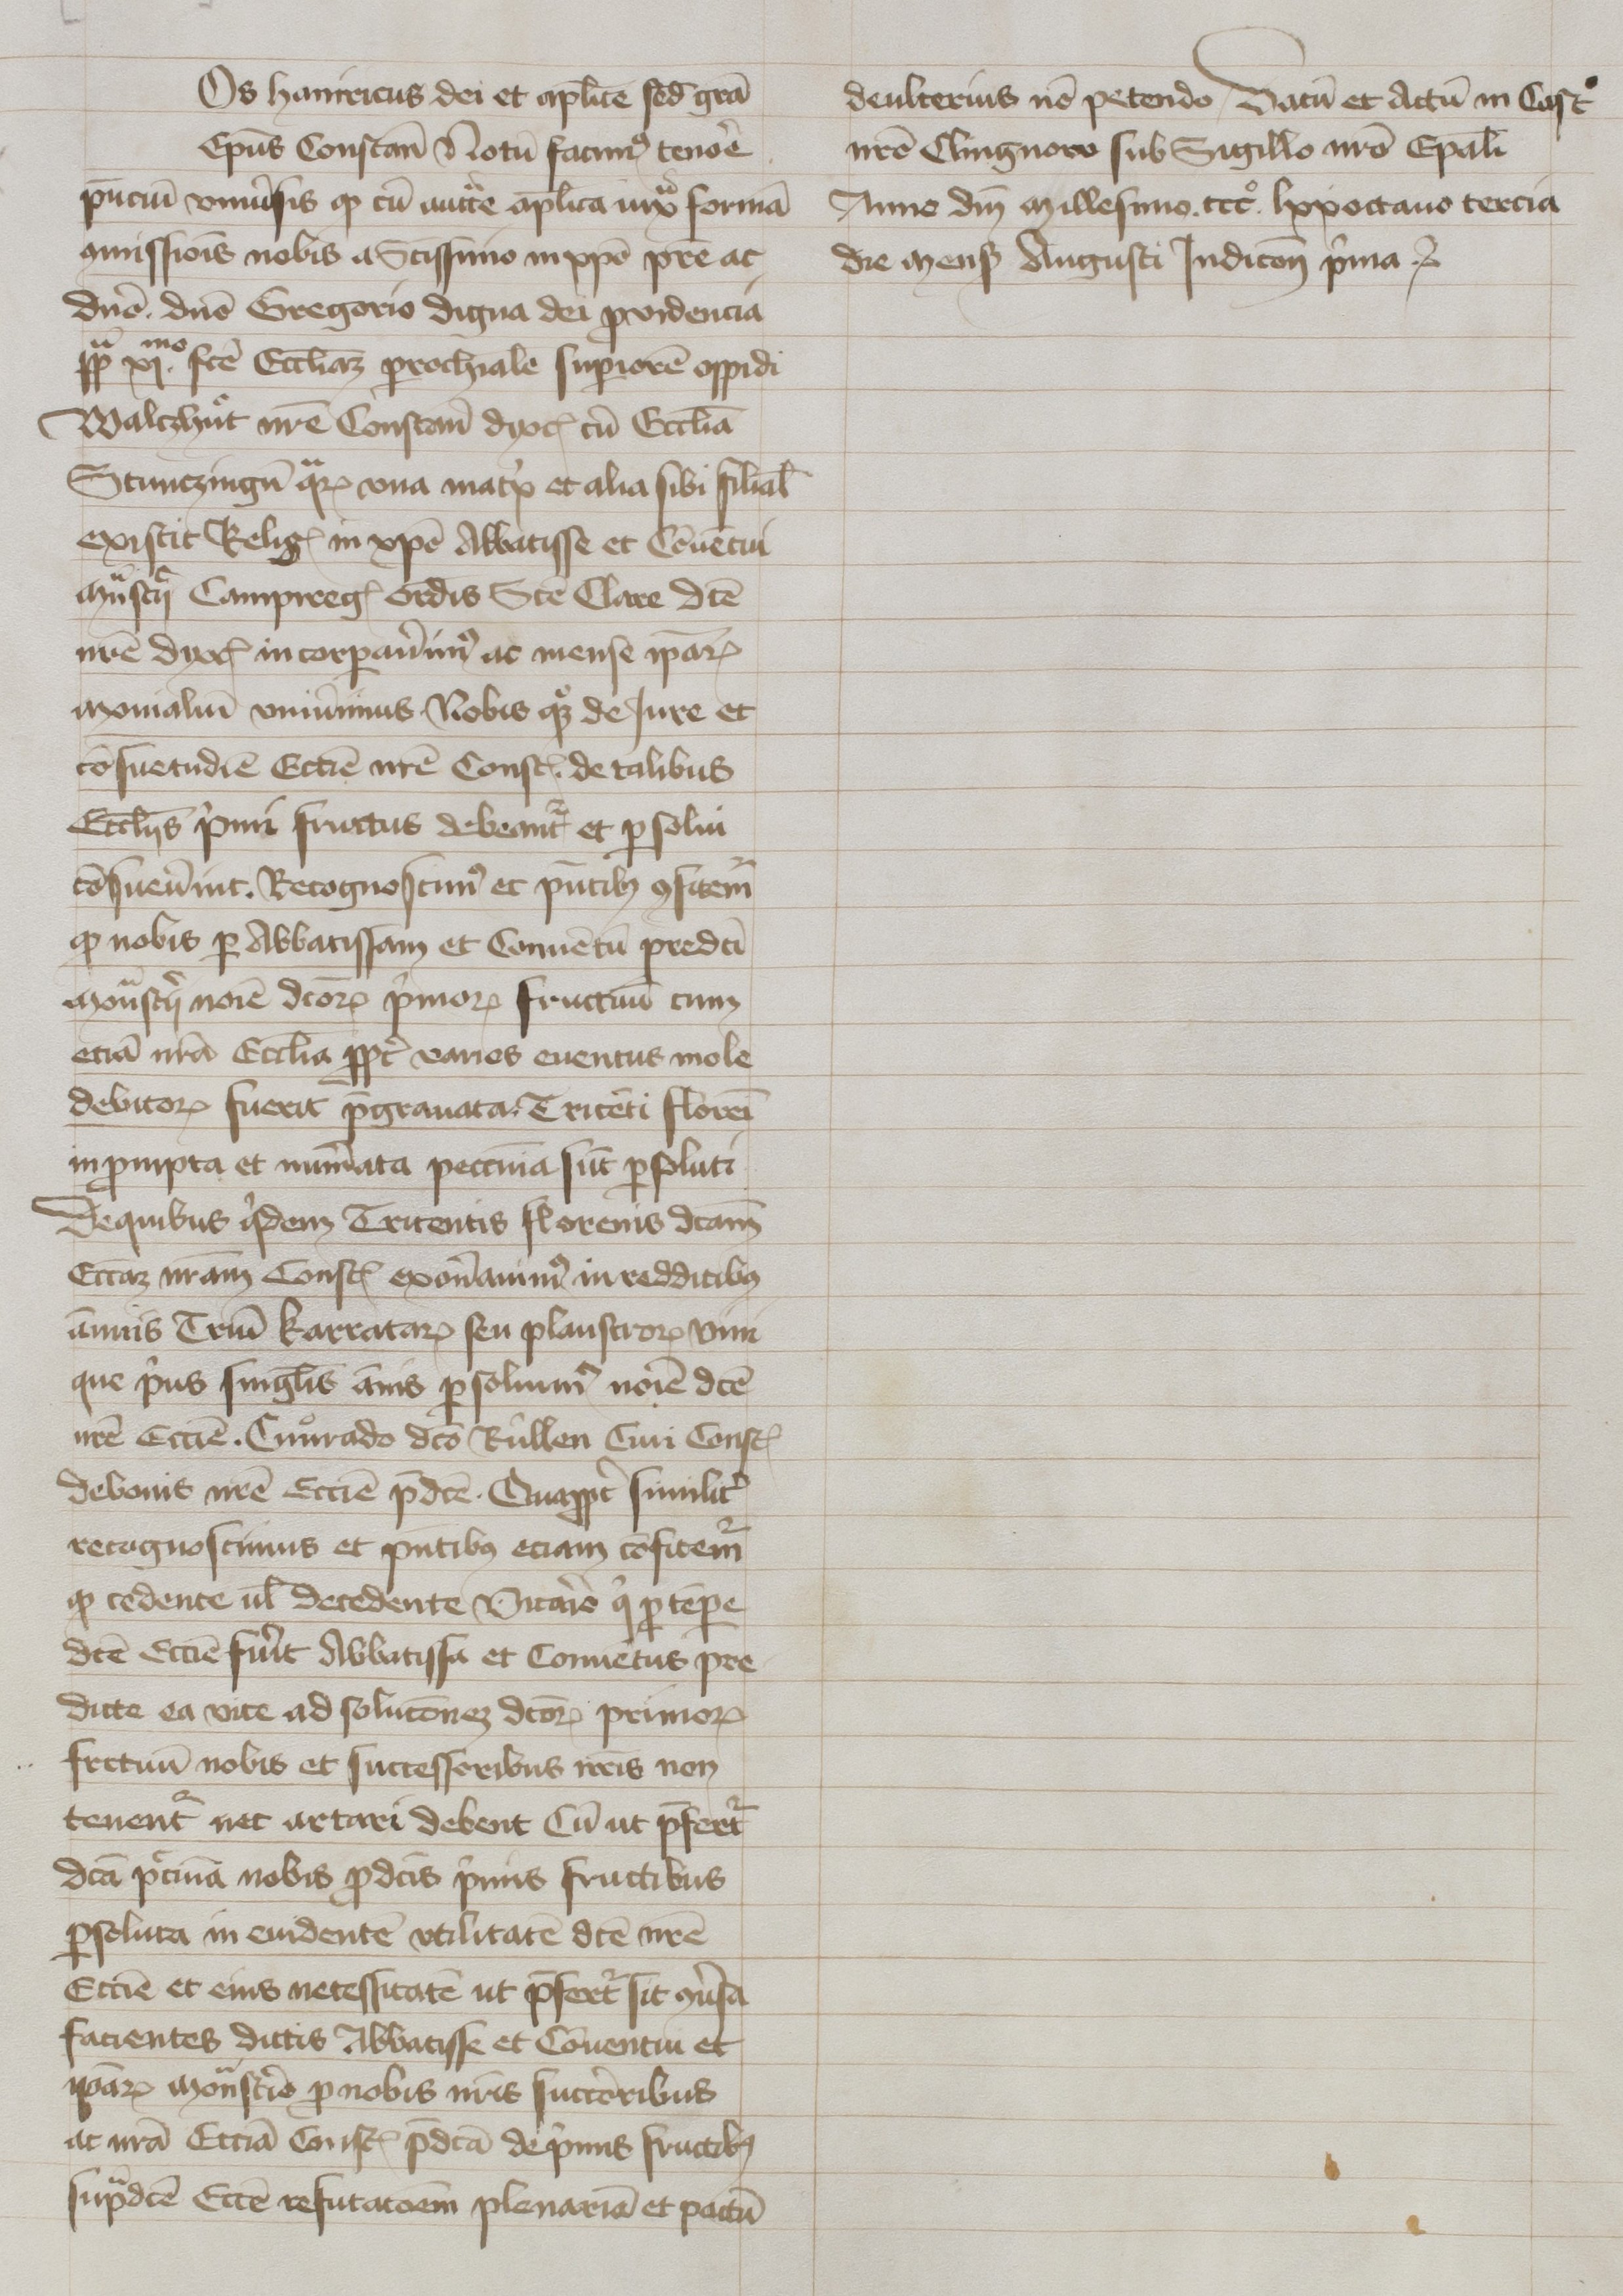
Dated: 1320–1345